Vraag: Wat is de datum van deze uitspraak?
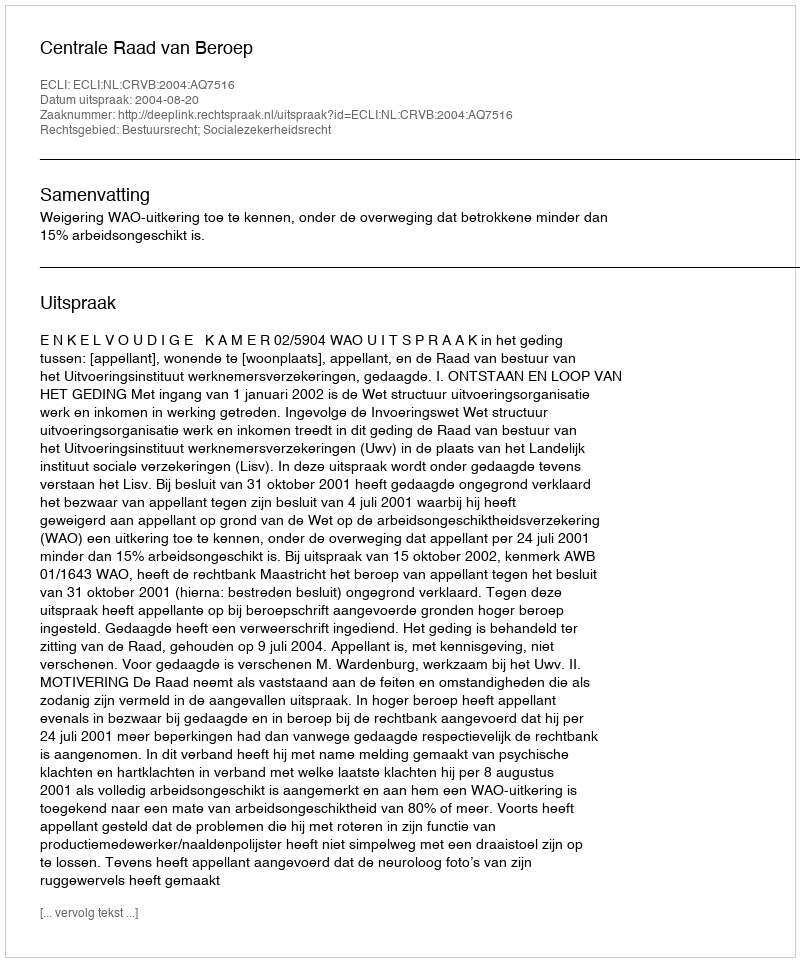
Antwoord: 2004-08-20